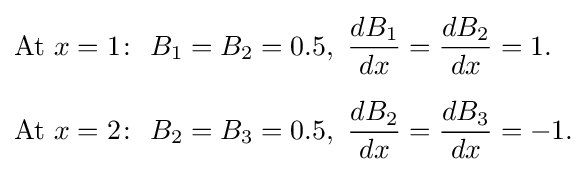
{\begin{aligned}&{\text{At }}x=1\colon \ B_{1}=B_{2}=0.5,\ {\frac {dB_{1}}{dx}}={\frac {dB_{2}}{dx}}=1.\\[6pt]&{\text{At }}x=2\colon \ B_{2}=B_{3}=0.5,\ {\frac {dB_{2}}{dx}}={\frac {dB_{3}}{dx}}=-1.\end{aligned}}